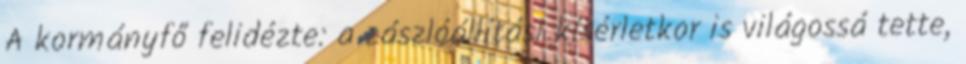
A kormányfő felidézte: a zászlóállítási kísérletkor is világossá tette,